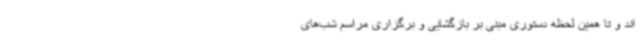
اند و تا همین لحظه دستوری مبنی بر بازگشایی و برگزاری مراسم شب‌های